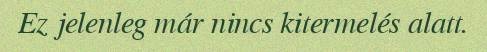
Ez jelenleg már nincs kitermelés alatt.